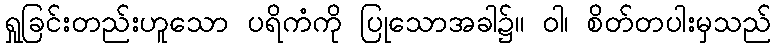
ရှုခြင်းတည်းဟူသော ပရိကံကို ပြုသောအခါ၌။ ဝါ၊ စိတ်တပါးမှသည်